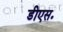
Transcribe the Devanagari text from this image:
डीएस॰